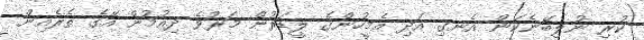
ކުރި ނުލިބޭނެކަން އެނގި އަދި އެމީހުންގެ ލީޑަރުން މަރުވެ ދިއުމުން އޭގެ ތެރެއިން